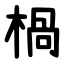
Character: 楇